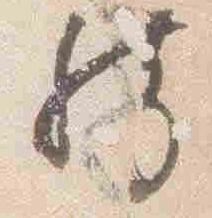
然